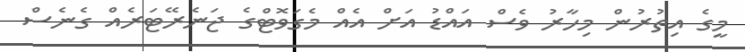
މީގެ އިތުރުން މިހާރު ވެސް އައްޑު އަށް އެއް މެގަވޮޓްގެ ޖަނެރޭޓަރެއް ގެނެސް